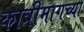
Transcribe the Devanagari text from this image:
कात्रीमागच्या